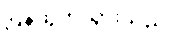
ပြန်ထွက်သွားသည်။